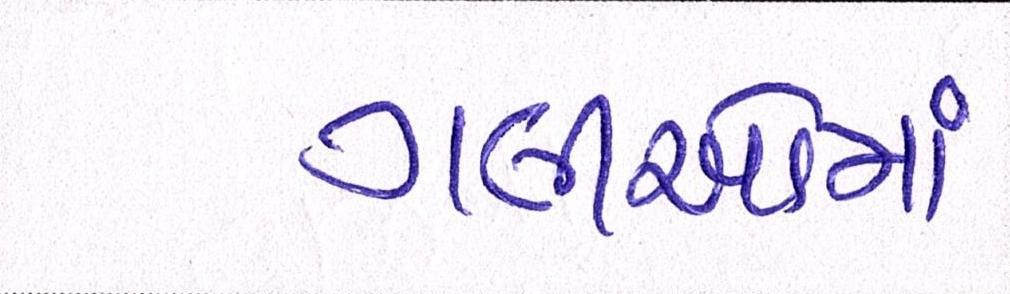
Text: ગલીઓમાં